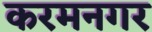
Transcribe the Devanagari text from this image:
करमनगर